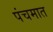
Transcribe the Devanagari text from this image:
पंचमात